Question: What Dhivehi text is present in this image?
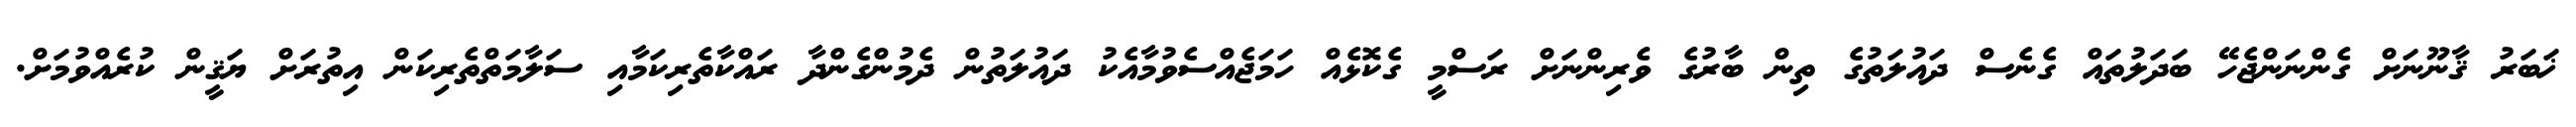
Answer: ޚަބަރު ޤާނޫނަށް ގެންނަންޖެހޭ ބަދަލުތައް ގެނެސް ދައުލަތުގެ ތިން ބާރުގެ ވެރިންނަށް ރަސްމީ ގެކޮޅެއް ހަމަޖެއްސެވުމާއެކު ދައުލަތުން ދެމުންގެންދާ ރައްކާތެރިކަމާއި ސަލާމަތްތެރިކަން އިތުރަށް ޔަޤީން ކުރެއްވުމަށް.